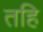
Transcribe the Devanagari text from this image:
तहि